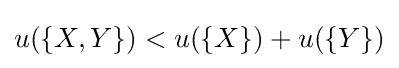
u(\{X,Y\})<u(\{X\})+u(\{Y\})